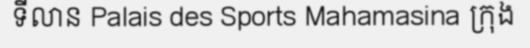
ទីលាន Palais des Sports Mahamasina ក្រុង